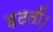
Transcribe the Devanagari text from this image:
हटतीं।